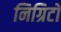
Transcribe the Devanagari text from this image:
निग्रिटों